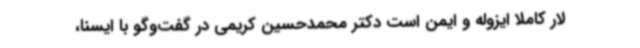
لار کاملا ایزوله و ایمن است دکتر محمدحسین کریمی در گفت‌وگو با ایسنا،